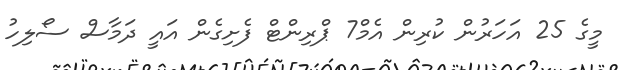
މީގެ 25 އަހަރުން ކުރިން އެމް7 ޕްރިންޓް ފެށިގެން އައީ ދަމާސް ސޯލިހު